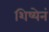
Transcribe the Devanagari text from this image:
शिष्येनं